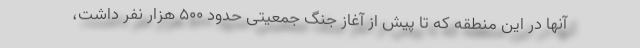
آنها در این منطقه که تا پیش از آغاز جنگ جمعیتی حدود ۵۰۰ هزار نفر داشت،